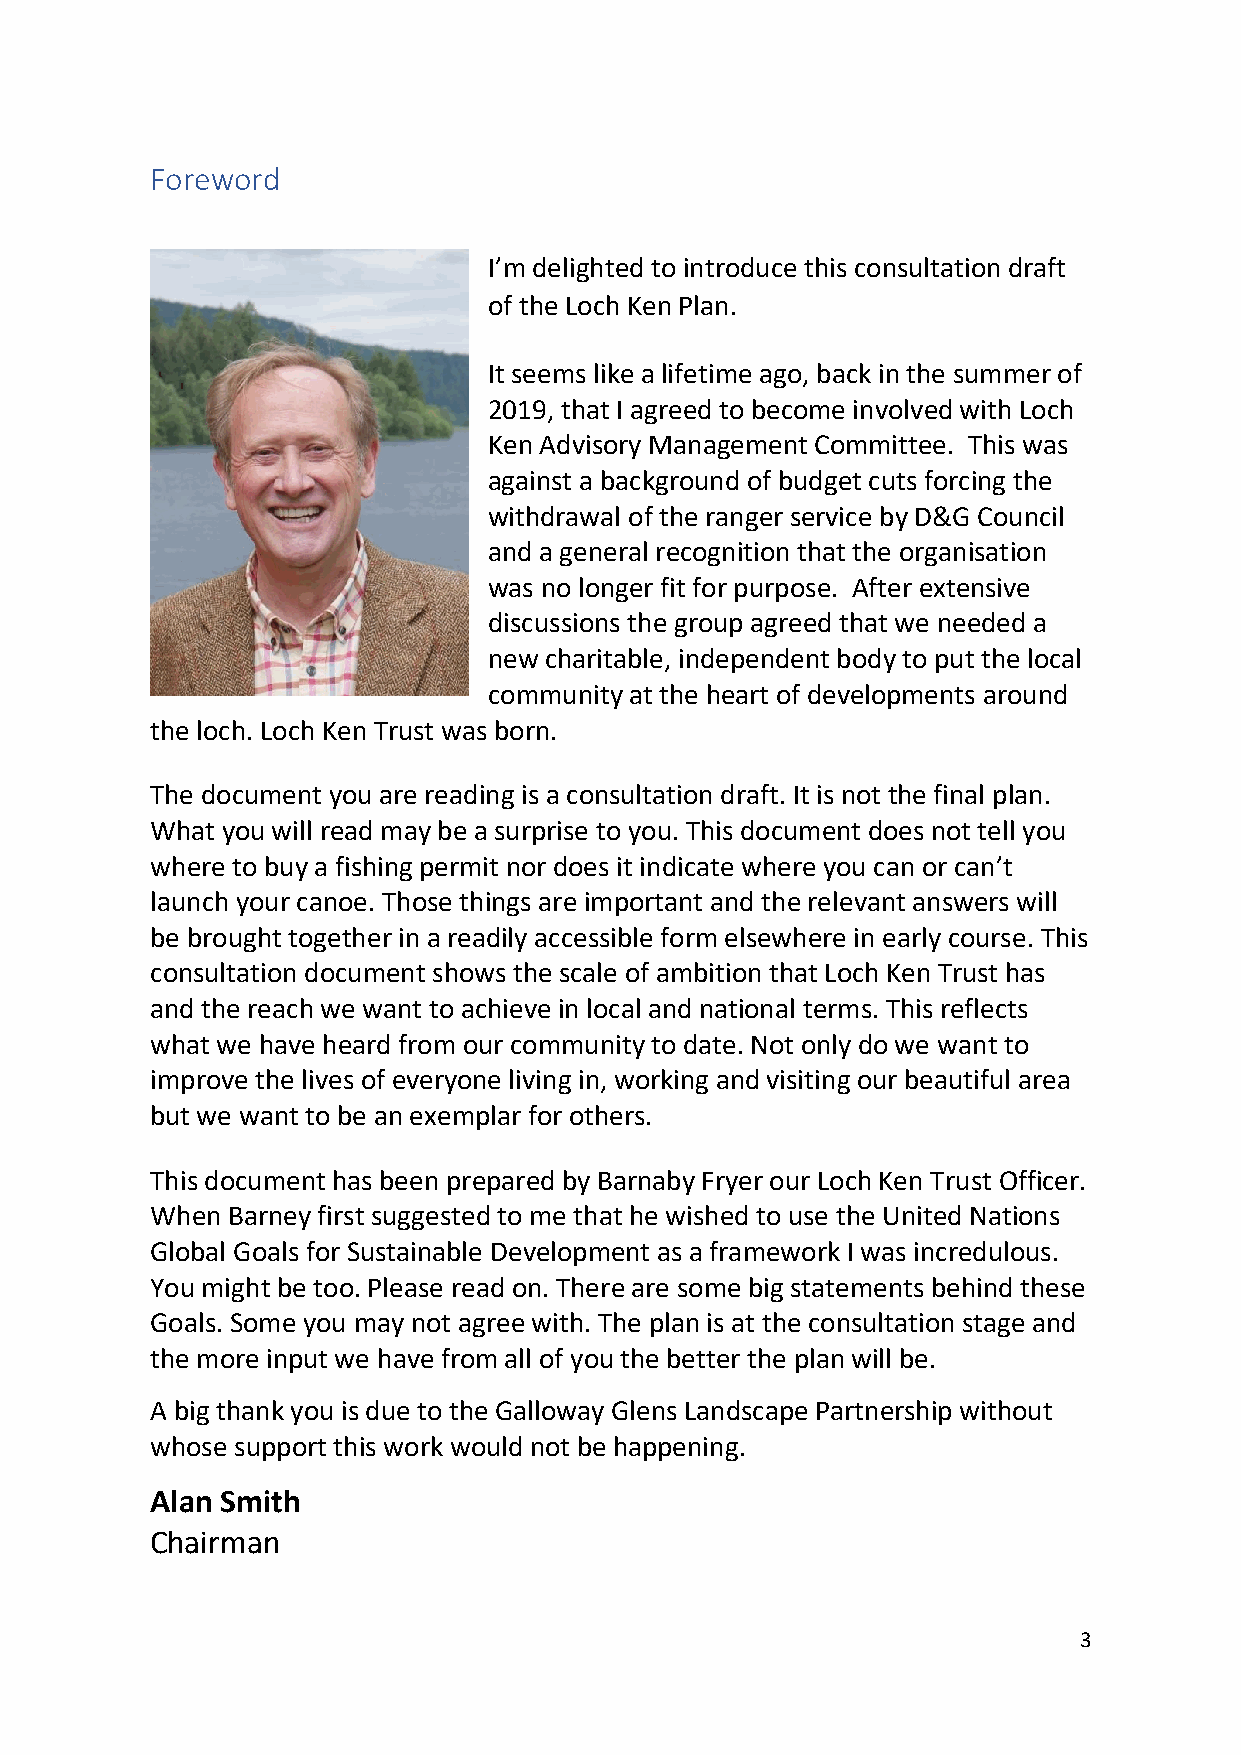
Foreword
 I’m delighted to introduce this consultation draft
 of the Loch Ken Plan.
 It seems like a lifetime ago, back in the summer of
 2019, that I agreed to become involved with Loch
 Ken Advisory Management Committee. This was
 against a background of budget cuts forcing the
 withdrawal of the ranger service by D&G Council
 and a general recognition that the organisation
 was no longer fit for purpose. After extensive
 discussions the group agreed that we needed a
 new charitable, independent body to put the local
 community at the heart of developments around
 the loch. Loch Ken Trust was born.
 The document you are reading is a consultation draft. It is not the final plan.
 What you will read may be a surprise to you. This document does not tell you
 where to buy a fishing permit nor does it indicate where you can or can’t
 launch your canoe. Those things are important and the relevant answers will
 be brought together in a readily accessible form elsewhere in early course. This
 consultation document shows the scale of ambition that Loch Ken Trust has
 and the reach we want to achieve in local and national terms. This reflects
 what we have heard from our community to date. Not only do we want to
 improve the lives of everyone living in, working and visiting our beautiful area
 but we want to be an exemplar for others.
 This document has been prepared by Barnaby Fryer our Loch Ken Trust Officer.
 When Barney first suggested to me that he wished to use the United Nations
 Global Goals for Sustainable Development as a framework I was incredulous.
 You might be too. Please read on. There are some big statements behind these
 Goals. Some you may not agree with. The plan is at the consultation stage and
 the more input we have from all of you the better the plan will be.
 A big thank you is due to the Galloway Glens Landscape Partnership without
 whose support this work would not be happening.
 Alan Smith
 Chairman
 3